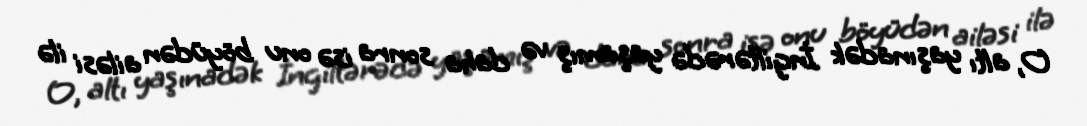
O, altı yaşınadək İngiltərədə yaşamış və daha sonra isə onu böyüdən ailəsi ilə